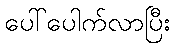
ပေါ်ပေါက်လာပြီး